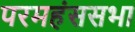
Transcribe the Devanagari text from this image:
परमहंससभा